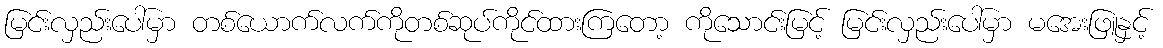
မြင်းလှည်းပေါ်မှာ တစ်ယောက်လက်ကိုတစ်ဆုပ်ကိုင်ထားကြတော့ ကိုသောင်းမြင့် မြင်းလှည်းပေါ်မှာ မအေးဖြူနှင့်